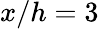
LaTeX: x/h=3